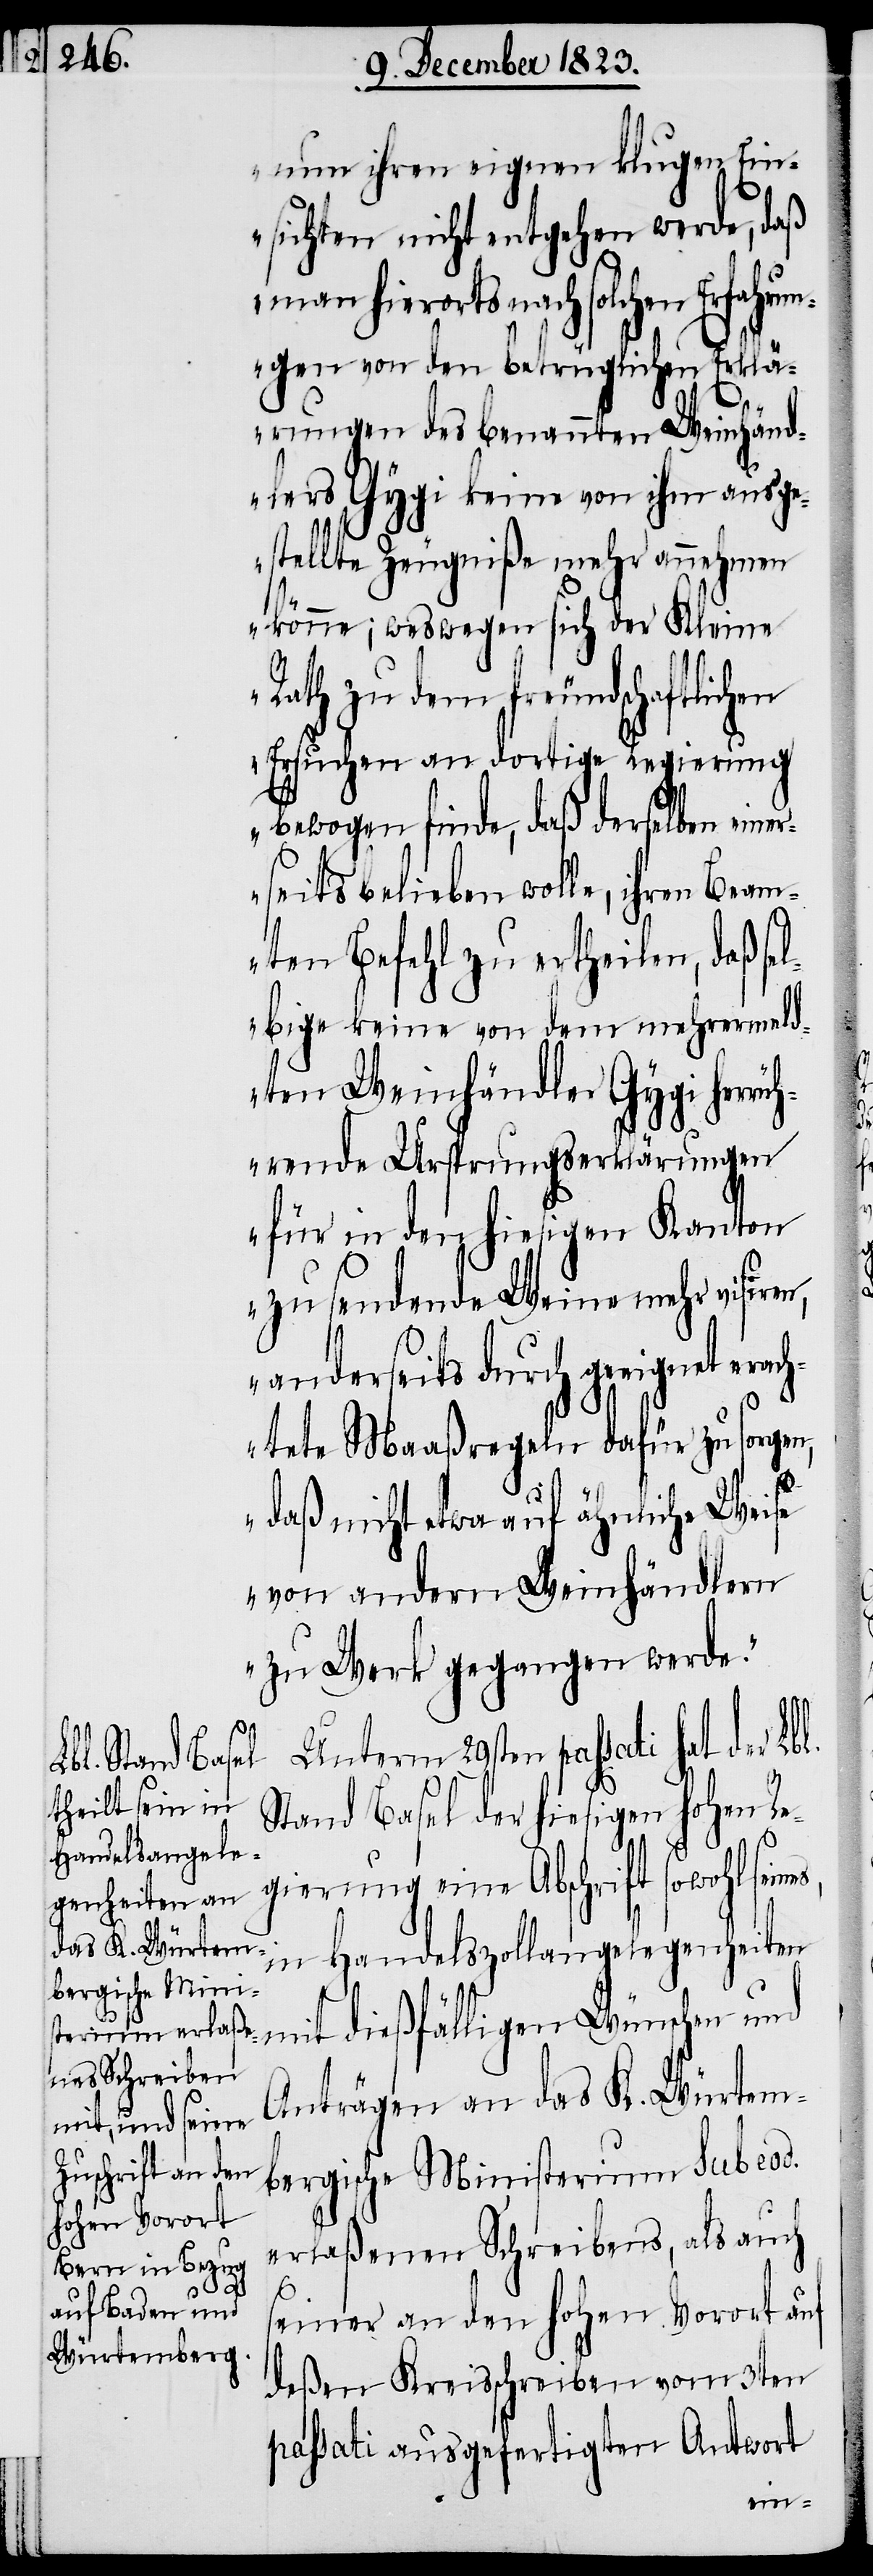
er¬

nun ihren eignen klugen Ein¬
sichten nicht entgehen werde, daß
man hierorts nach solchen Erfahr¬
ungen von den betrüglichen Erklä¬
rungen des benannten Weinhänd¬
lers Gygi keine von ihm ausge¬
stellte Zeugniße mehr annehmen
könne; weswegen sich der Kleine
Rath zu dem freundschaftlichen
Ersuchen an dortige Regierung
bewogen finde, daß derselben eine¬
rseits belieben wolle, ihren Beam¬
ten Befehl zu ertheilen, daß se¬
lbige keine von dem mehrermeld¬
ten Weinhändler Gygi herrü¬
hrende Ursprungserklärungen
für in den hiesigen Kanton
zu sendende Weine mehr visiren,
anderseits durch geeignet
achtete Maaßregeln dafür zu sorgen,
daß nicht etwa auf ähnliche Weise
von andern Weinhändlern
zu Werk gegangen werde.“
Unterm 29sten passati hat der Lbl.
Stand Basel der hiesigen hohen Re¬
in Handelszollangelegenheiten
Anträgen an das K. Würtem¬
bergische Ministerium sub eod.
erlaßenen Schreibens, als auch
seiner an den hohen Vorort auf
deßen Kreisschreiben vom 3ten
passati ausgefertigten Antwort
eine